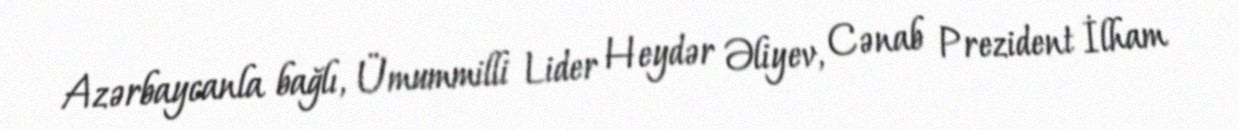
Azərbaycanla bağlı, Ümummilli Lider Heydər Əliyev, Cənab Prezident İlham